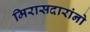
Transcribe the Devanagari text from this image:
मिरासदारांनो